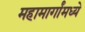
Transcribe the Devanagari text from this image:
महामार्गांमध्ये